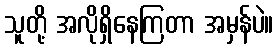
သူတို့ အလိုရှိနေကြတာ အမှန်ပဲ။